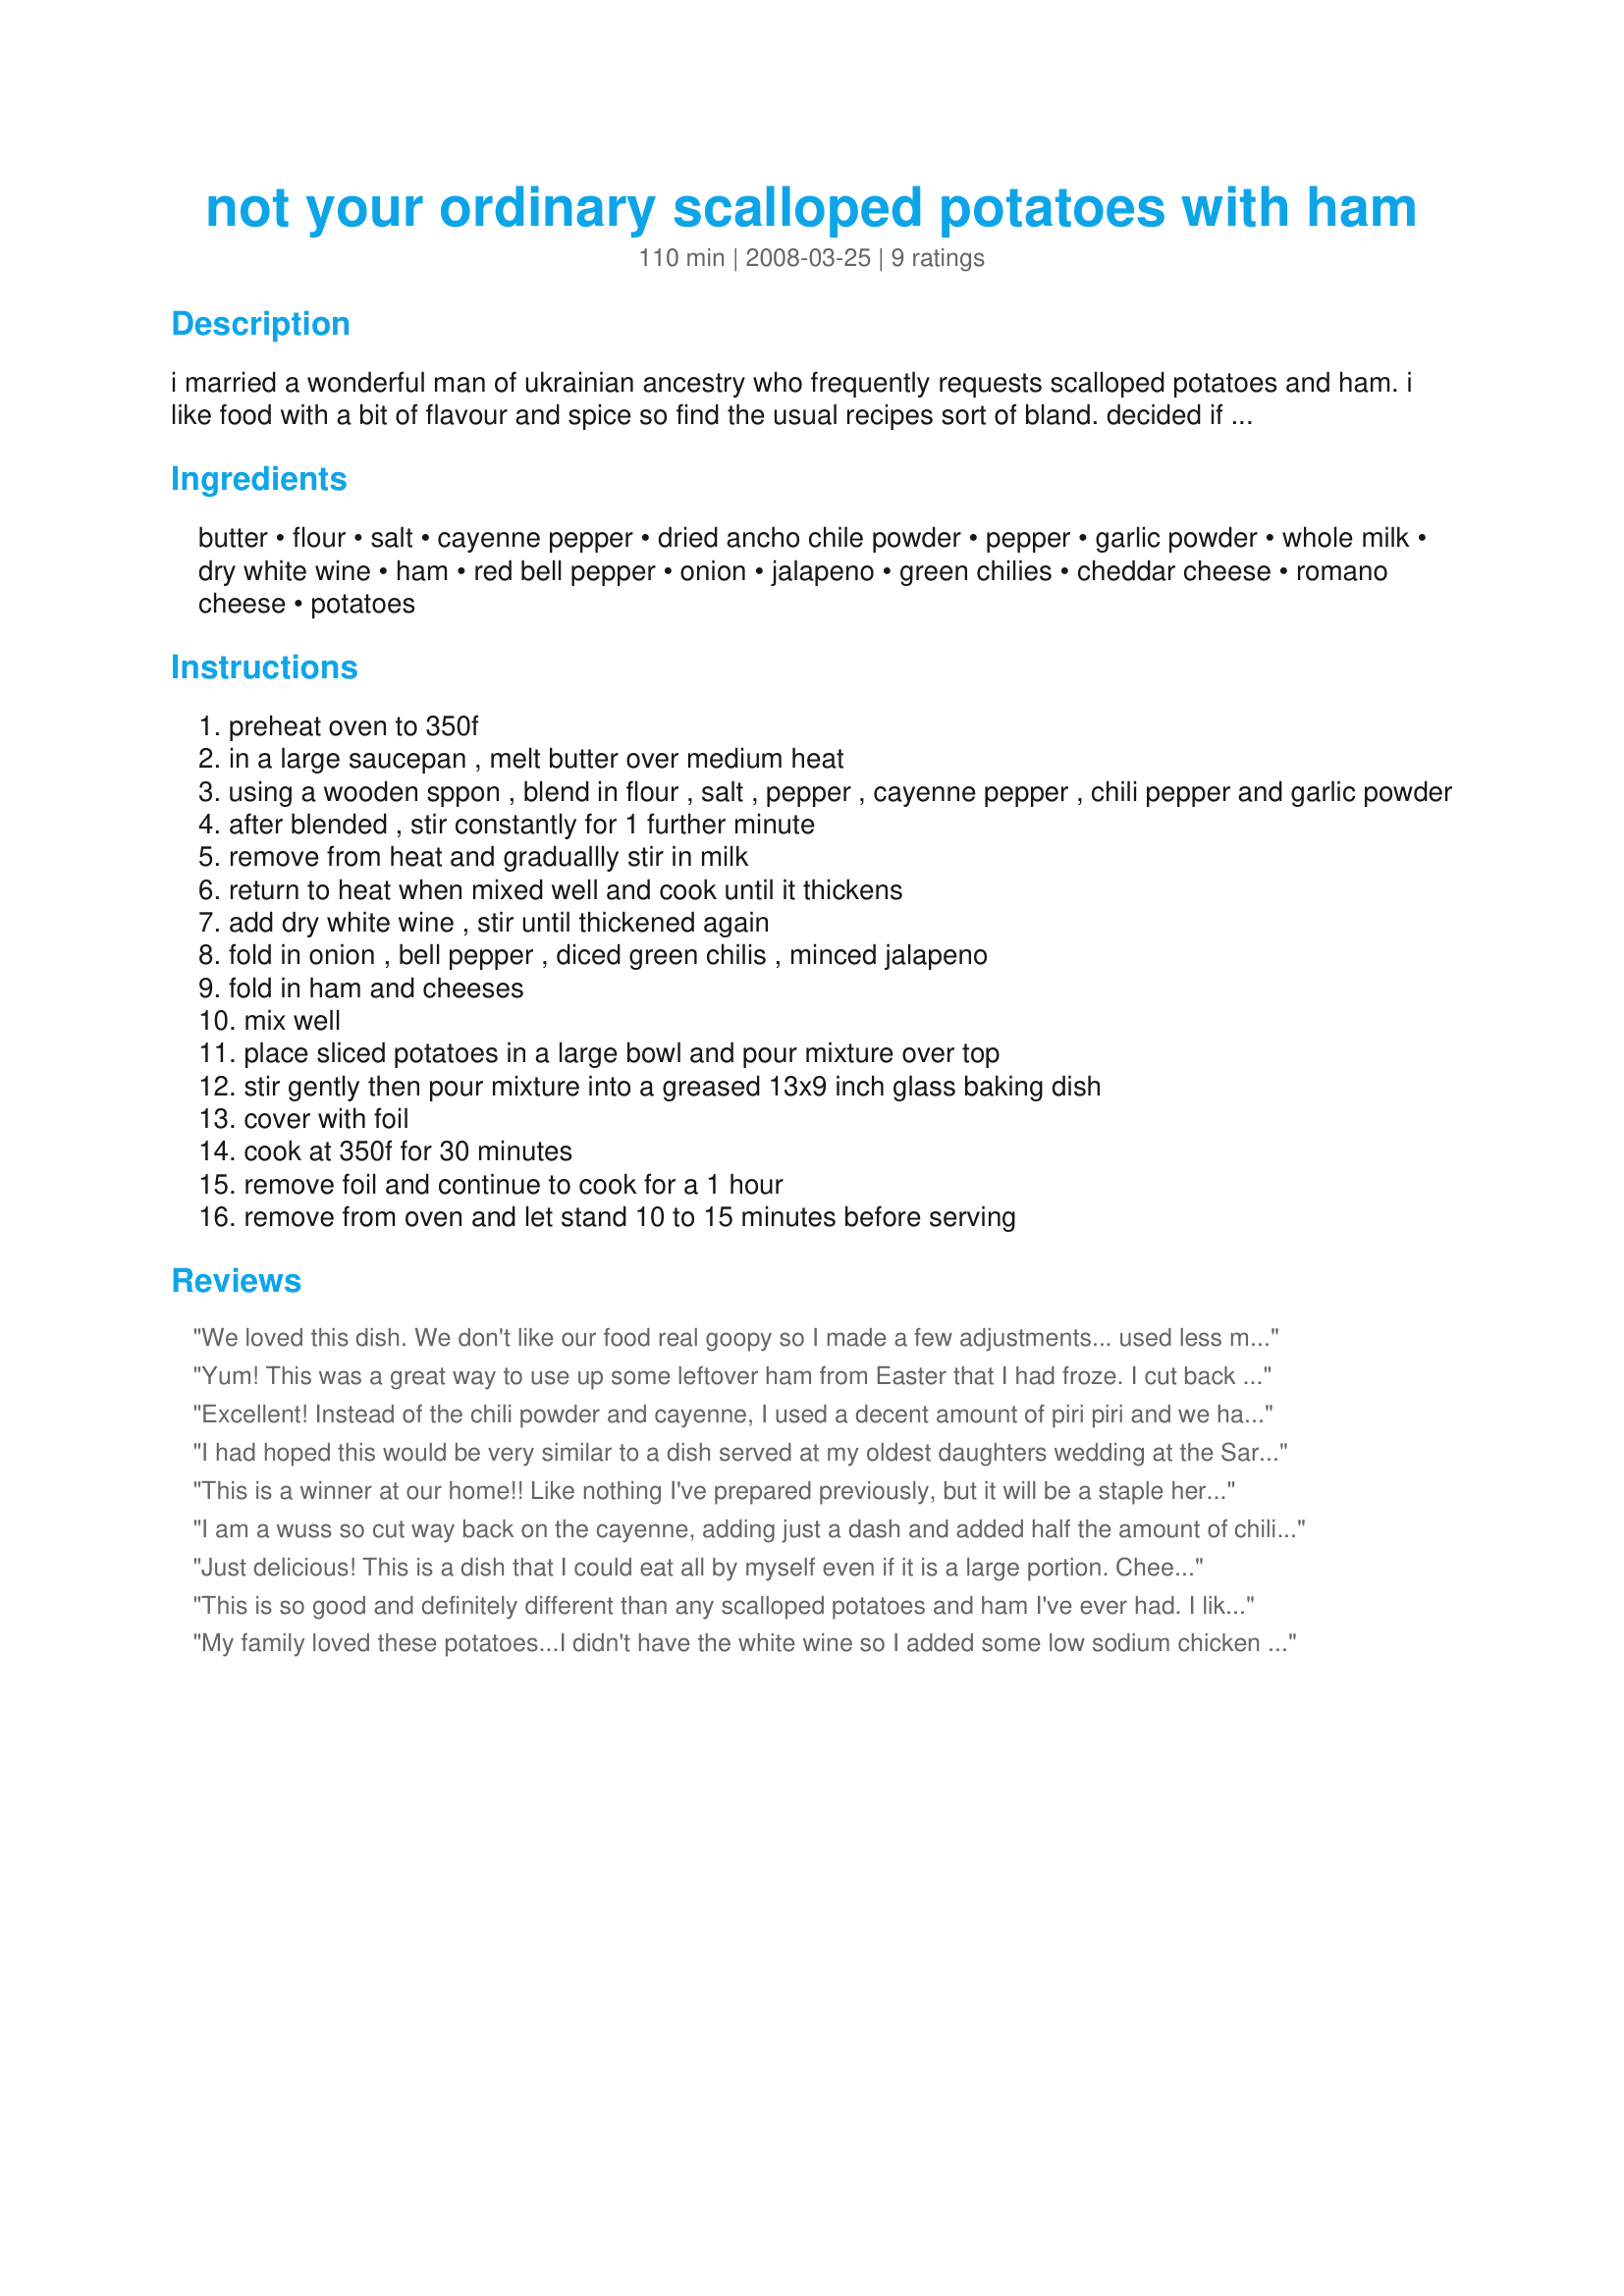
not your ordinary scalloped potatoes with ham
Preparation time: 110 minutes

i married a wonderful man of ukrainian ancestry who frequently requests scalloped potatoes and ham. i like food with a bit of flavour and spice so find the usual recipes sort of bland. decided if i had to make them, they were going to have to be kicked up a notch. so this is it - my version - hope you enjoy it.

* if you don't like it as spicy, reduce the cayenne and chili pepper to 1/2 tsp each. also, asiago or parmesan cheese can be used in place of the romano.

Ingredients:
butter, flour, salt, cayenne pepper, dried ancho chile powder, pepper, garlic powder, whole milk, dry white wine, ham, red bell pepper, onion, jalapeno, green chilies, cheddar cheese, romano cheese, potatoes

Steps:
preheat oven to 350f
in a large saucepan , melt butter over medium heat
using a wooden sppon , blend in flour , salt , pepper , cayenne pepper , chili pepper and garlic powder
after blended , stir constantly for 1 further minute
remove from heat and graduallly stir in milk
return to heat when mixed well and cook until it thickens
add dry white wine , stir until thickened again
fold in onion , bell pepper , diced green chilis , minced jalapeno
fold in ham and cheeses
mix well
place sliced potatoes in a large bowl and pour mixture over top
stir gently then pour mixture into a greased 13x9 inch glass baking dish
cover with foil
cook at 350f for 30 minutes
remove foil and continue to cook for a 1 hour
remove from oven and let stand 10 to 15 minutes before serving

Reviews:
We loved this dish. We don't like our food real goopy so I made a few adjustments... used less milk & more wine, increased the ham, peppers & potatoes. For the sauce I sub'd essence for the cayenne & used garlic salt. Added a dash (or 2 or 3...) of mild hot sauce for the added zing cayenne would normally give. I should have stuck to 1 dash cause it had abit too much heat for us but the flavour was amazing! Thanks so much for sharing.
Yum! This was a great way to use up some leftover ham from Easter that I had froze. I cut back on the cayenne for the kids. I added a little extra cheese as we love cheese and used skim milk as that is what we had. Thanks, Beautiful BC!
Excellent! Instead of the chili powder and cayenne, I used a decent amount of piri piri and we had all the heat we wanted! I also used parmegano cheese and it tastes great. DH , the Pasta Fanatic was less impressed, but who cares, I loved this a LOT. I didn't use so much jalapeno, just minced a small amount from the jar because I don't do serious fire too well, but I'm trying to build up my tolerance for hot food and did add just a little. YUM! Please see my rating system: 4 excellent stars for a recipe that I will make again for me, and will enjoy very much indeed. Thanks!
I had hoped this would be very similar to a dish served at my oldest daughters wedding at the Sarrata resort in St Pete Beach, FL about 3- 4 years ago... it is not.

The recipe is good and we will make again... I think we were just spoiled by the dish served there. We have been looking for the recipe ever since. Our true rating is 3.5 stars ( seems Zaar does not let you split stars ).

Thanks for posting a keeper.
This is a winner at our home!! Like nothing I've prepared previously, but it will be a staple here! Thanks for posting!
I am a wuss so cut way back on the cayenne, adding just a dash and added half the amount of chili powder. This was still plenty spicy for me, but it was very good indeed.
Just delicious! This is a dish that I could eat all by myself even if it is a large portion. Cheese, potatoes and ham, it just can't be bad. Thanks for posting. Made for ZWT4.
This is so good and definitely different than any scalloped potatoes and ham I've ever had. I liked the kick to it and the combination of cheeses used in this. I will make this one again definitely! Thanks for sharing!
My family loved these potatoes...I didn't have the white wine so I added some low sodium chicken broth and was a little heavy on the cheese, but other than that I followed it to the letter. And of course, I used fresh Idaho Potatoes out of our garden...Yummm! Thanks for posting and we will be making these again!
